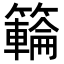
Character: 𥶡